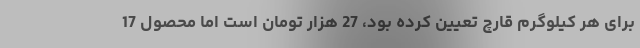
برای هر کیلوگرم قارچ تعیین کرده بود، 27 هزار تومان است اما محصول 17